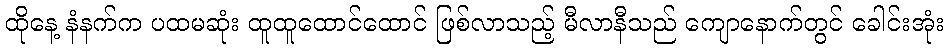
ထိုနေ့ နံနက်က ပထမဆုံး ထူထူထောင်ထောင် ဖြစ်လာသည့် မီလာနီသည် ကျောနောက်တွင် ခေါင်းအုံး